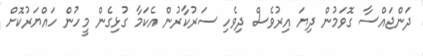
ދަންޖައްސާ ގޮވަމުން ދިޔަ އިރުވެސް ދިވެހި ސަރުކާރުން އެކަމާ ގުޅިގެން މީހުން ހައްޔަރުކޮށް